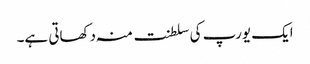
ایک یورپ کی سلطنت منہ دکھاتی ہے۔